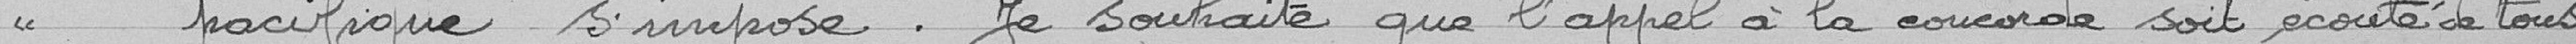
" pacifique s'impose. Je souhaite que l'appel à la concorde soit écouté de tous.